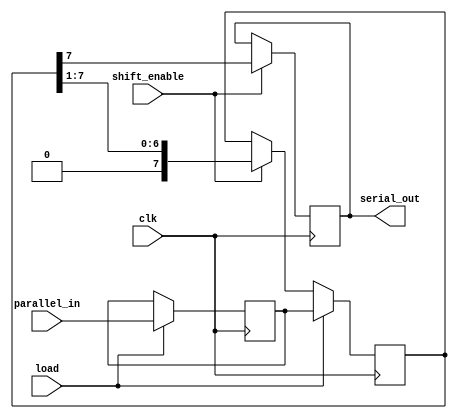
module TwoStagePISO #(
    parameter DATA_WIDTH = 8  // Define the width of the input data bus
)(
    input wire clk,            // Clock signal
    input wire load,          // Load signal for parallel input
    input wire shift_enable,   // Shift enable signal for serial output
    input wire [DATA_WIDTH-1:0] parallel_in, // Parallel input data
    output reg serial_out      // Serial output
);

    // Internal registers for the two stages
    reg [DATA_WIDTH-1:0] parallel_stage; // First stage to hold parallel input
    reg [DATA_WIDTH-1:0] shift_stage;    // Second stage for shifting out

    // Load data into the first stage on load signal
    always @(posedge clk) begin
        if (load) begin
            parallel_stage <= parallel_in; // Load parallel input into first stage
        end
    end

    // Shift data from the first stage to the second stage
    always @(posedge clk) begin
        if (load) begin
            shift_stage <= parallel_stage; // Load the parallel data into the shift stage
        end else if (shift_enable) begin
            shift_stage <= {1'b0, shift_stage[DATA_WIDTH-1:1]}; // Shift right, MSB goes out
        end
    end

    // Output the MSB of the shift stage
    always @(posedge clk) begin
        if (shift_enable) begin
            serial_out <= shift_stage[DATA_WIDTH-1]; // Output the MSB
        end
    end

endmodule